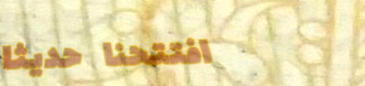
افتتحنا حديثاً